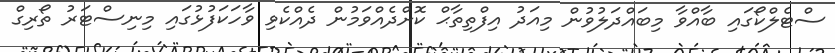
ސްޓެލްކޯގައި ބާއްވާ މިބައްދަލުވުން މިއަދު އިފްތިތާޙް ކޮށްދެއްވަމުން ދެއްކެވި ވާހަކަފުޅުގައި މިނިސްޓަރު ތޯރިގް